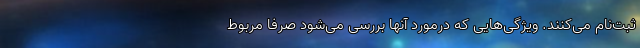
ثبت‌نام می‌کنند. ویژگی‌هایی که درمورد آنها بررسی می‌شود صرفا مربوط